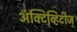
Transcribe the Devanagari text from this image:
अॅक्टिव्हिटीज्